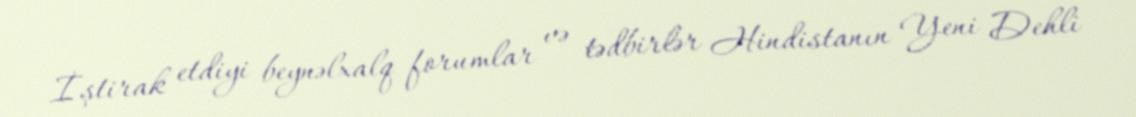
İştirak etdiyi beynəlxalq forumlar və tədbirlər Hindistanın Yeni Dehli